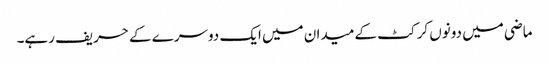
ماضی میں دونوں کرکٹ کے میدان میں ایک دوسرے کے حریف رہے۔